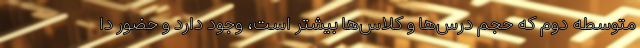
متوسطه دوم که حجم درس‌ها و کلاس‌ها بیشتر است، وجود دارد و حضور دا